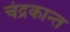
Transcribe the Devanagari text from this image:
चंद्रकान्त